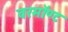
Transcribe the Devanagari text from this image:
वरमॉण्ट